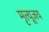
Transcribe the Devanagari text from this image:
मृत्यूजय